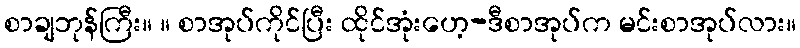
စာချဘုန်ကြီး။ ။ စာအုပ်ကိုင်ပြီး ထိုင်အုံးဟေ့-ဒီစာအုပ်က မင်းစာအုပ်လား။